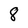
Character: 8